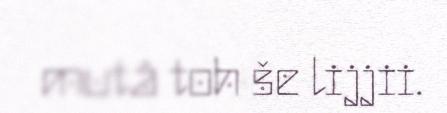
mutâ toh še lijjii.